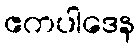
ဧကပါဒေန